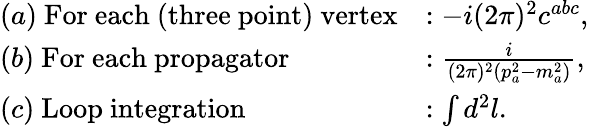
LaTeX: \begin{array}{ll}{{(a)~\mathrm{For~each~(three~point)~vertex}}}&{{:-i(2\pi)^{2}c^{abc},}}\\ {{(b)~\mathrm{For~each~propagator}}}&{{:\frac{i}{(2\pi)^{2}(p_{a}^{2}-m_{a}^{2})},}}\\ {{(c)~\mathrm{Loop~integration}}}&{{:\int d^{2}l.}}\end{array}